Salla_vallavalitsus, lk 16
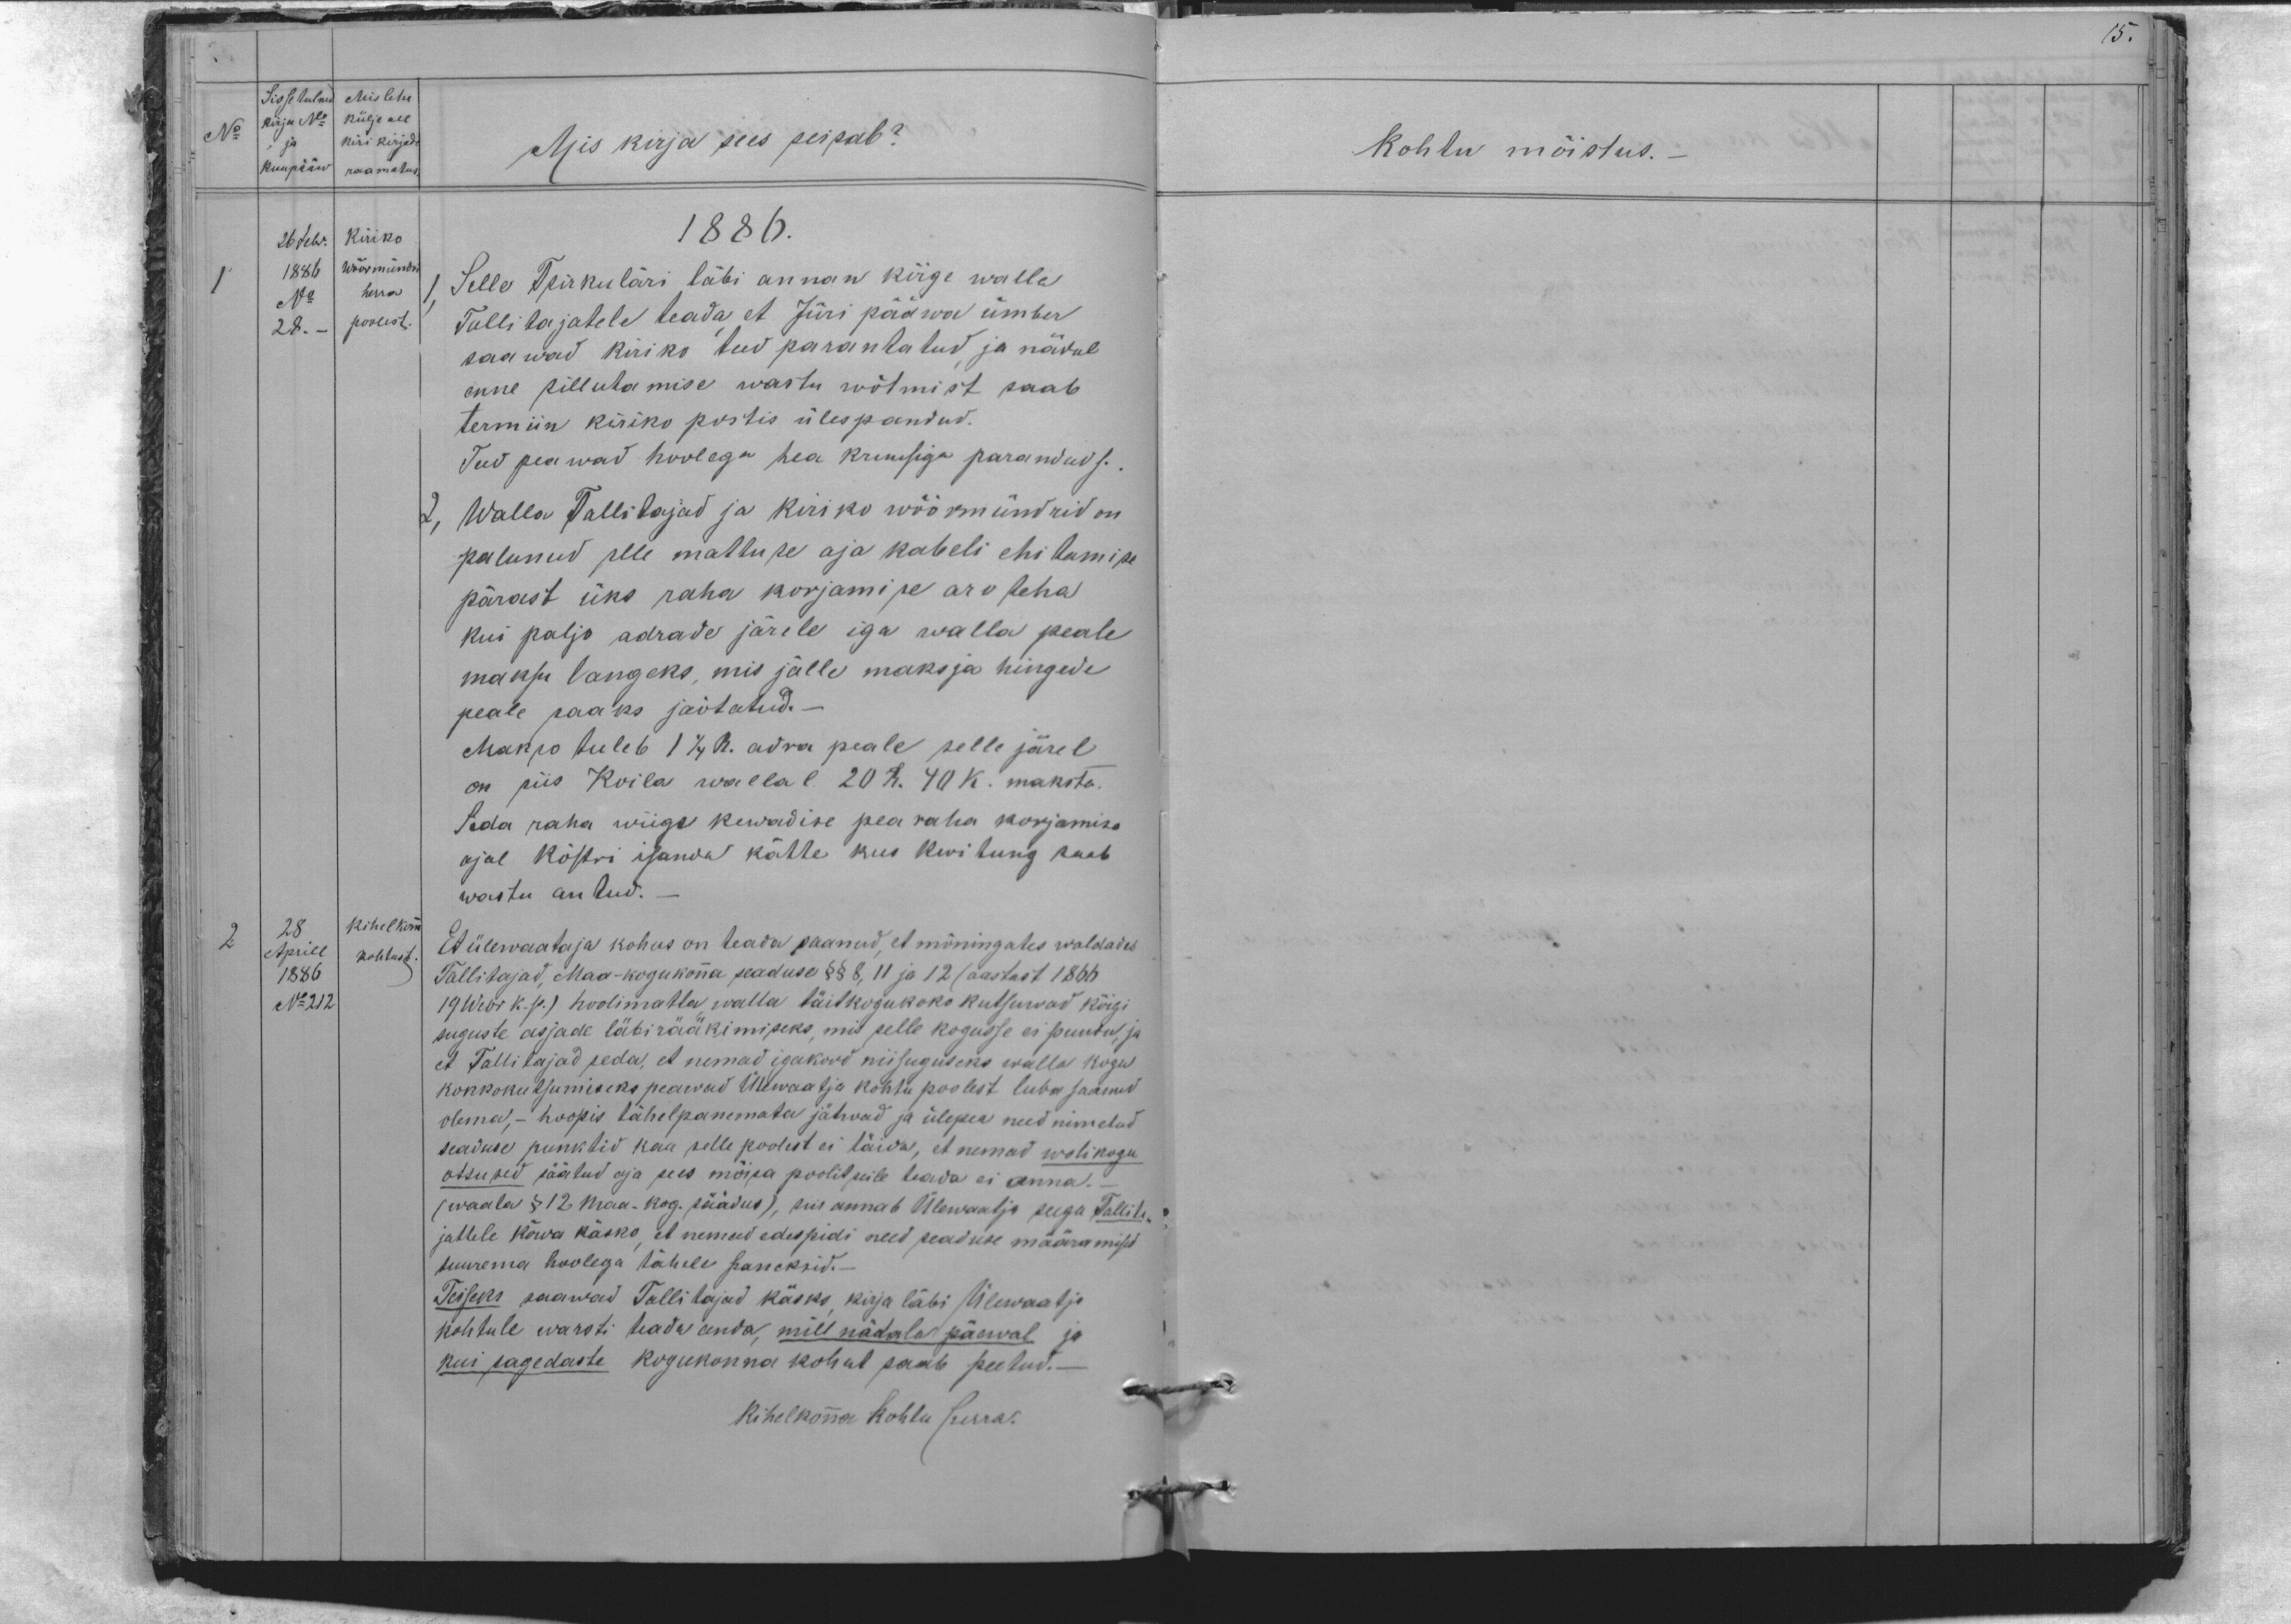
Sissetulnu Mis lehe
kirja No: Külje all.
, ja kiri kirjade
Kuupääw raamatus
26 febr. Kiriko
1886 Wöörmündri
1.
No: herra
28. - poolest.

Mis kirja sees seisab?
1886.
Selle Tsirkuläri läbi annan kõige walla
Tallitajatele teada, et Jüri pääwa ümber
saawad kiriko teed parantatud ja nädal
enne pilluta mise wastu wõtmist saab
termin kiriko postis ülespandud.
Teed peawad hoolega hea kruusiga parandud s.
2, Walla Tallitajad ja kiriko wöörmündrid on
palunud olle mattuse aja kabeli ehitamise
pärast üks raha korjamise arv teha
kui paljo adrade järele iga walla peale
maksu langeks, mis jälle maksja hingede
peale saaks jaotatud.-
Makso tuleb 1 1/4 R. adra peale selle järel
on siis Koila wallal 20 R. 40 k. maksta.
Seda raha wiige kewadise pea raha korjamise
ajal köstri isanda kätte kus kwitung saab
wastu antud.
2
28.
kihelkonn
Aprill
kohtust
1886
N: 212
Et ülewaataja kohus on teada saanud, et mõningates waldades
Tallitajad, Maa-kogukonna seaduse §§ 8, 11 ja 12 (aastast 1866
19 Webr k. s.p.) hoolimatta walla täitkogu koko kutsuwad kõigi
suguste asjade läbirääkimiseks, mis selle kogusse ei puutu ja
et Tallitajad seda, et nemad igakord niisuguseks walla kogu
kokko kutsumiseks peawad Ülewaatja kohtu poolest luba saanud
olema, - hoopis tähelepanemata jätwad ja ülepea need nimetud
seaduse punktid kaa selle poolest ei täida, et nemad wolikogu
otsused jäätud aja sees mõisa poolitseile teada ei anna.-
waata § 12 Maa-kog. säädus), siis annab Ülewaatja seega Tallita-
jattele kõwa käsko, et nemad edaspidi need seaduse määramised
suurema hoolega tähele paneksid.-
Teiseks saawad Tallitajad käsko kirja läbi Ülewaatja
kohtule warsti teada anda, mill nädala päewal ja
kui sagedaste kogukonna kohut saab peetud.
Kihelkonna Kohtu surra.

Kohtu mõistus.-